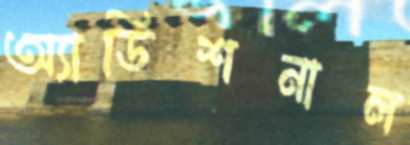
অ্যাডিশনাল